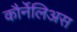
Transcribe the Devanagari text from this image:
कौर्नेलिअस